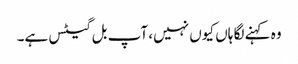
وہ کہنے لگا ہاں کیوں نہیں، آپ بل گیٹس ہے۔